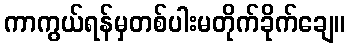
ကာကွယ်ရန်မှတစ်ပါးမတိုက်ခိုက်ချေ။